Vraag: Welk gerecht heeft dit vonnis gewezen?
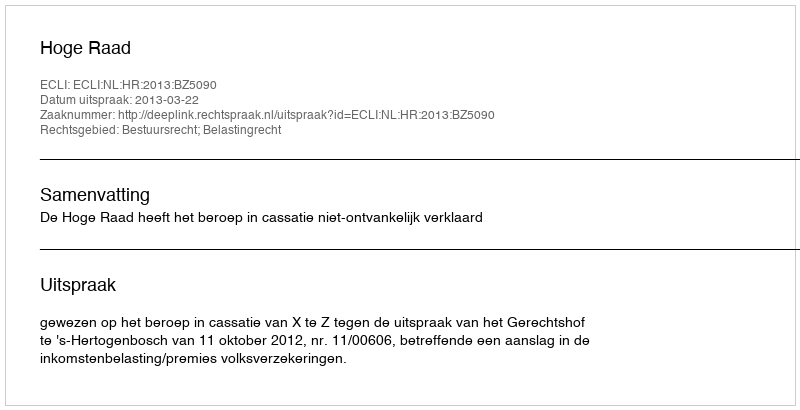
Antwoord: Hoge Raad